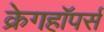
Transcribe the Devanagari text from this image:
क्रेगहॉपर्स